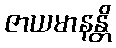
ဇာယမာနန္တိ